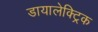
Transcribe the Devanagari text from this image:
डायालेक्ट्रिक